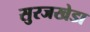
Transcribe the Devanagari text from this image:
सुरजखेडा